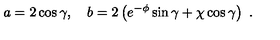
a = 2 \cos \gamma , \quad b = 2 \left( e ^ { - \phi } \sin \gamma + \chi \cos \gamma \right) \ .